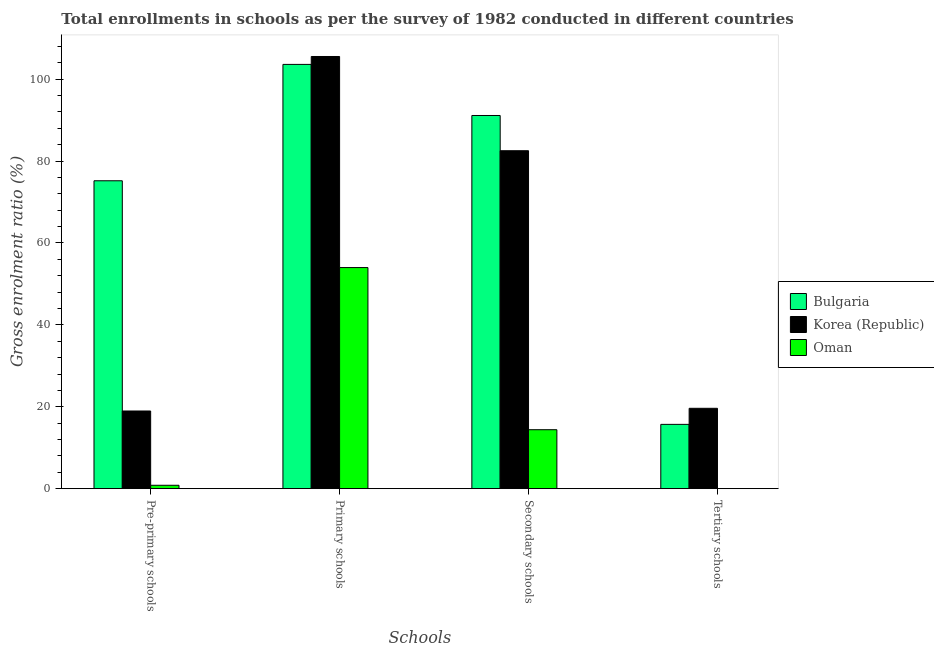
| Schools | Bulgaria | Korea (Republic) | Oman |
 | --- | --- | --- | --- |
 | Pre-primary schools | 75.2 | 19 | 0.832 |
 | Primary schools | 104 | 106 | 54 |
 | Secondary schools | 91.1 | 82.5 | 14.4 |
 | Tertiary schools | 15.7 | 19.6 | 0.0134 |